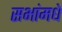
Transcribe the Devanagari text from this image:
सभांमधे